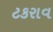
ટકરાવ